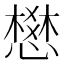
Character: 𢡟